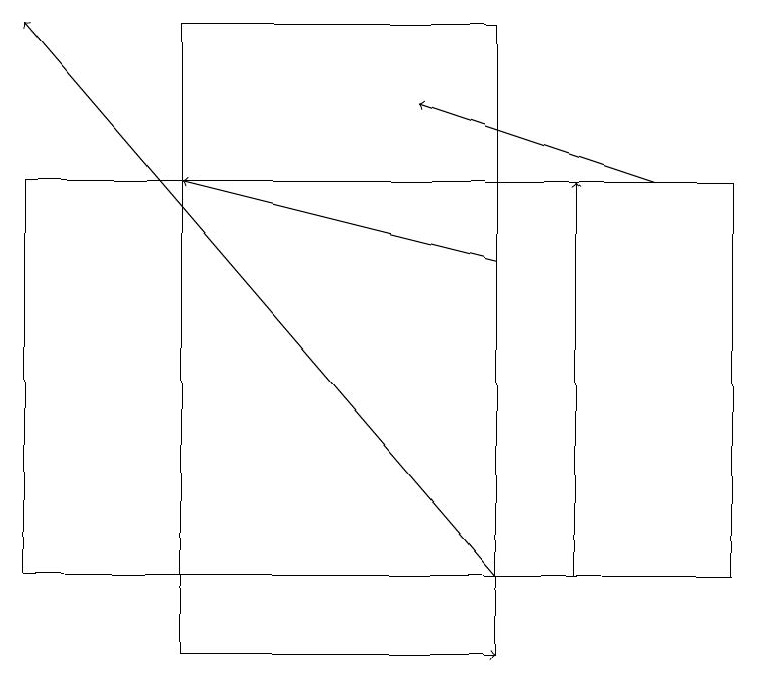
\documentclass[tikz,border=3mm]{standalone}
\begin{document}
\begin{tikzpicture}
\draw[->] (8,17) -- (5,18);
\draw[->] (7,12) -- (7,17);
\draw (6,19) rectangle (2,11);
\draw (9,12) rectangle (0,17);
\draw[->] (6,16) -- (2,17);
\draw[->] (5,11) -- (6,11);
\draw[->] (6,12) -- (0,19);
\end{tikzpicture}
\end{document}